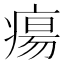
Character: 瘍